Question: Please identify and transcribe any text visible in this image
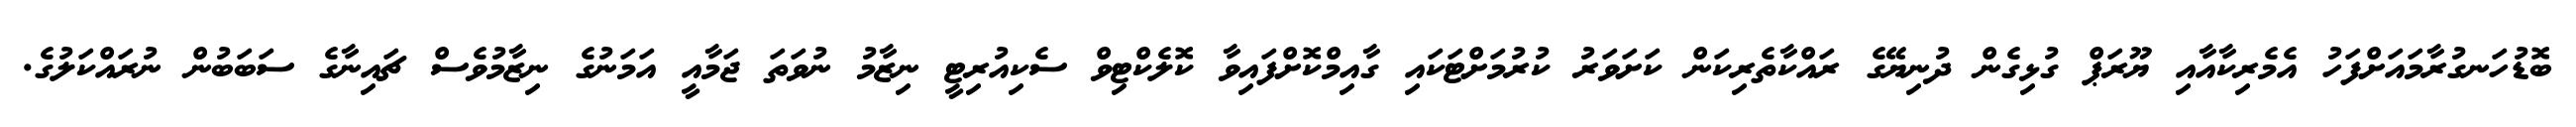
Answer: ބޮޑުހަނގުރާމައަށްފަހު އެމެރިކާއާއި ޔޫރަޕް ގުޅިގެން ދުނިޔޭގެ ރައްކާތެރިކަން ކަށަވަރު ކުރުމަށްޓަކައި ގާއިމްކޮށްފައިވާ ކޮލެކްޓިވް ސެކިއުރިޓީ ނިޒާމު ނުވަތަ ޖަމާއީ އަމަނުގެ ނިޒާމުވެސް ޗައިނާގެ ސަބަބުން ނުރައްކަލުގެ.